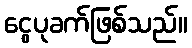
ငွေပုခက်ဖြစ်သည်။